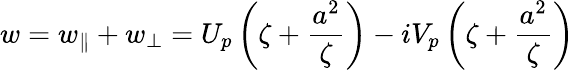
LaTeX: w=w_{\parallel}+w_{\perp}=U_{p}\left(\zeta+\frac{a^{2}}{\zeta}\right)-iV_{p}\left(\zeta+\frac{a^{2}}{\zeta}\right)